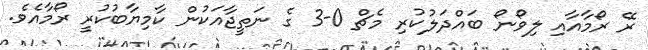
ރޭ ރޯމާއާއި ލިވޯނޯ ބައްދަލުކުރި މެޗް 0-3 ގެ ނަތީޖާއަކުން ކާމިޔާބުކުރީ ރޯމާއެވެ.